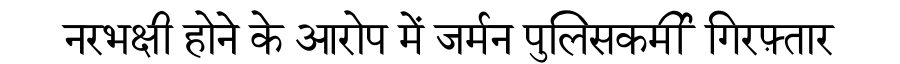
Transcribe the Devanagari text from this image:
नरभक्षी होने के आरोप में जर्मन पुलिसकर्मी गिरफ़्तार